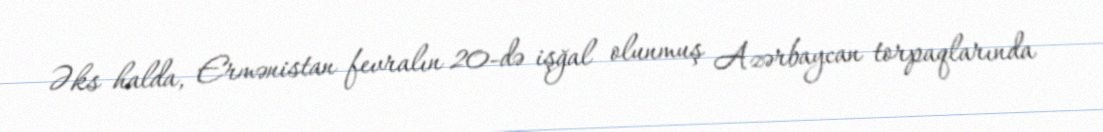
Əks halda, Ermənistan fevralın 20-də işğal olunmuş Azərbaycan torpaqlarında